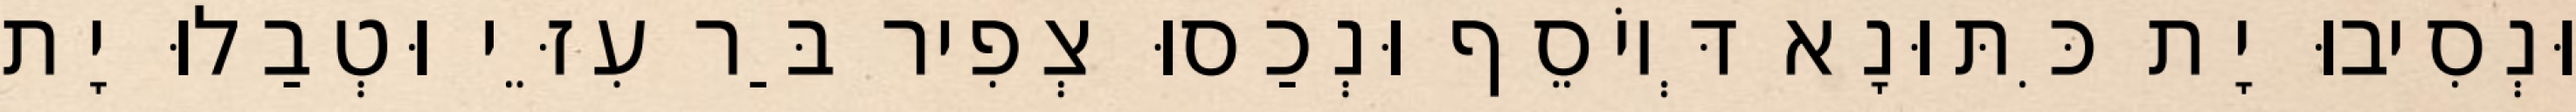
וּנְסִיבוּ יָת כִּתּוּנָא דְּיוֹסֵף וּנְכַסוּ צְפִיר בַּר עִזֵּי וּטְבַלוּ יָת